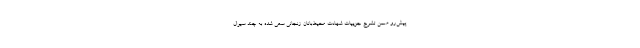
پیش‌رو ضمن تشرح جزییات شهادت محیط‌بانان زنجانی سعی شده به چند سيوال